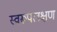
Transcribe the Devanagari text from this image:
स्वरूपलक्षण